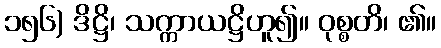
၁၅၆) ဒိဋ္ဌိ၊ သက္ကာယဋ္ဌိဟူ၍။ ဝုစ္စတိ၊ ၏။